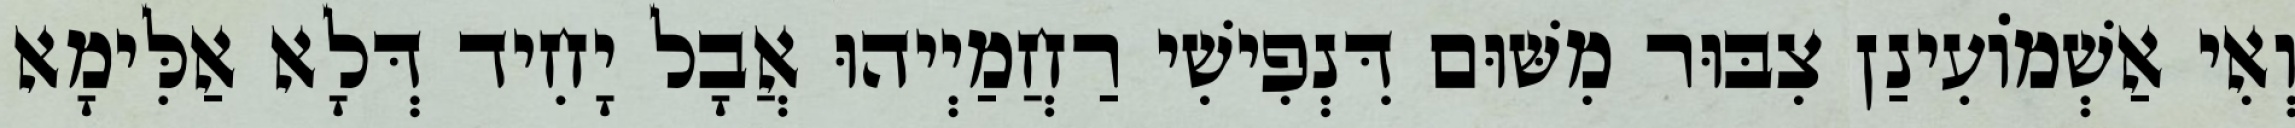
וְאִי אַשְׁמוֹעִינַן צִבּוּר מִשּׁוּם דִּנְפִישִׁי רַחֲמַיְיהוּ אֲבָל יָחִיד דְּלָא אַלִּימָא